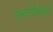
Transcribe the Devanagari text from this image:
एनोरेक्शिया